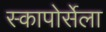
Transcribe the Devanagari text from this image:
स्कापोर्सेला